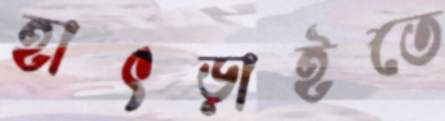
হাৎড়াইতে